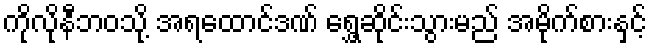
ကိုလိုနီဘဝသို့ အရထောင်ဒဏ် ရွှေ့ဆိုင်းသွားမည် အမိုက်စားနှင့်